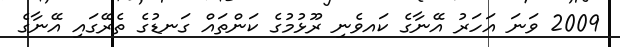
2009 ވަނަ އަހަރު އޭނާގެ ކައވެނި ރޫޅުމުގެ ކަންތައް ގަނޑުގެ ތެރޭގައި އޭނާގެ